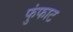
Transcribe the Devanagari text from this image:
फुंफाट